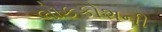
લોકકોશની